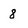
Character: 8